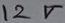
Text: 12V